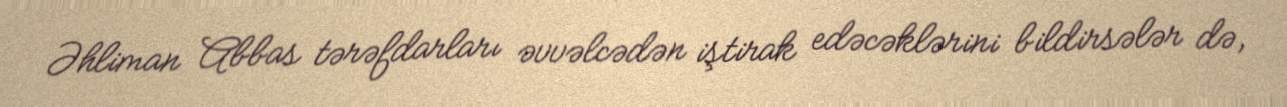
Əhliman Abbas tərəfdarları əvvəlcədən iştirak edəcəklərini bildirsələr də,